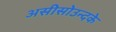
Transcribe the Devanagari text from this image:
असीसोउन्दके